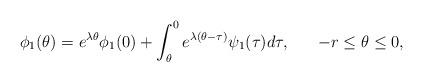
LaTeX: \begin{align*}\phi_1(\theta) = e^{\lambda\theta} \phi_1(0) + \int^0_{\theta}e^{\lambda(\theta-\tau)}\psi_1(\tau)d\tau,\hskip 20pt -r\le \theta\le 0,\end{align*}